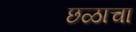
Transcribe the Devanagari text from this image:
छळाचा